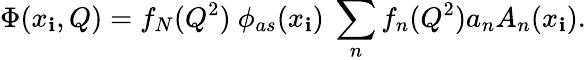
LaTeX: \Phi(x_{\mathbf{i}},Q)=f_{N}(Q^{2})\ \phi_{as}(x_{\mathbf{i}})\ \sum_{n}f_{n}(Q^{2})a_{n}A_{n}(x_{\mathbf{i}}).